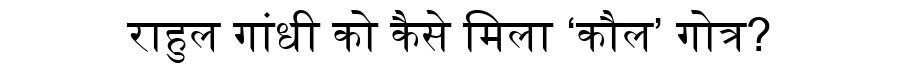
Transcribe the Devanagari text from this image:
राहुल गांधी को कैसे मिला ‘कौल’ गोत्र?